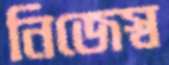
নিজেস্ব